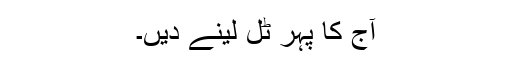
آج کا پہر ٹل لینے دیں۔